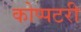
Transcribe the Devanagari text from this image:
कोप्पटरी